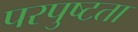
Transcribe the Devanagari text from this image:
परपुष्टता